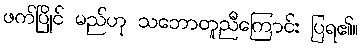
ဖက်ပြိုင် မည်ဟု သဘောတူညီကြောင်း ပြရ၏။